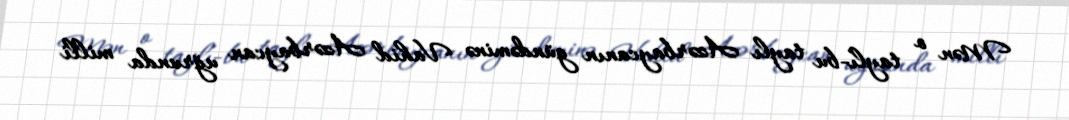
Mən o taylı-bu taylı Azərbaycanın gündəminə Vahid Azərbaycan uğrunda milli